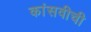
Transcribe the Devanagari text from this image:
कांसवीची